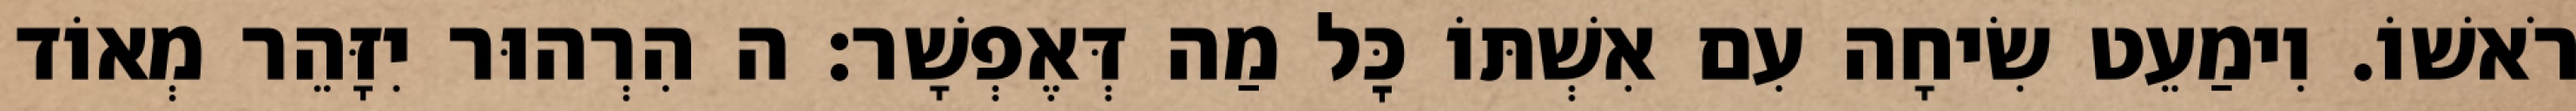
רֹאשׁוֹ. וִימַעֵט שִׂיחָה עִם אִשְׁתּוֹ כׇּל מַה דְּאֶפְשָׁר: ה הִרְהוּר יִזָּהֵר מְאוֹד